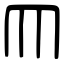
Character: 𦉫